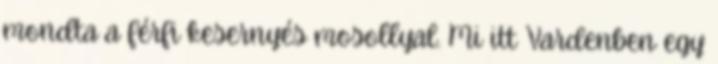
mondta a férfi kesernyés mosollyal. Mi itt Vardenben egy